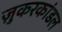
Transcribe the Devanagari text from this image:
ज़ुकरकांडल